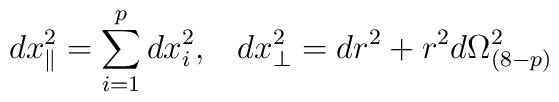
dx^2_{\parallel}=\sum^p_{i=1}dx^2_i,\;\;\;   dx^2_{\perp}=dr^2+r^2d\Omega^2_{(8-p)}